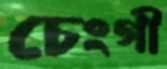
চেংগী